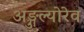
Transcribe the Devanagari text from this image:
अङ्गुल्योरेव